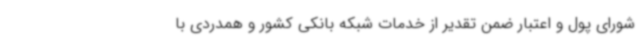
شورای پول و اعتبار ضمن تقدیر از خدمات شبکه بانکی کشور و همدردی با